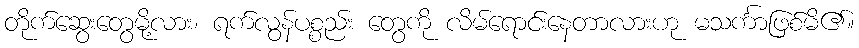
တိုက်ဆွေးတွေမို့လား၊ ရက်လွန်ပစ္စည်း တွေကို လိမ်ရောင်းနေတာလားဟု မသင်္ကာဖြစ်မိ၏။